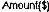
AMOUNT($)